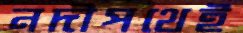
নদীপথেই